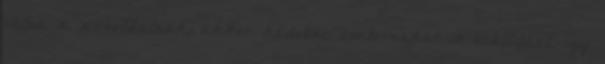
válna a weboldalnak, akkor kedvenc csatornákat is beállíthat, így